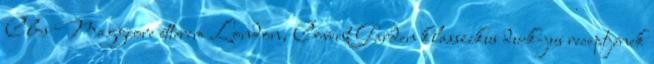
Clos Maggiore étterem London, Covent Garden klasszikus duck-jus receptjének